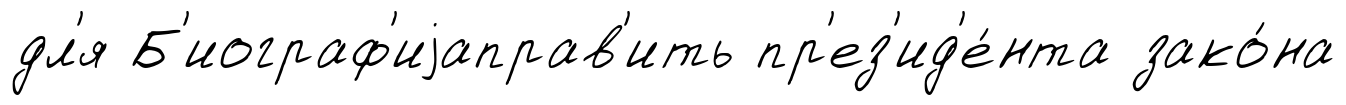
дл'я Б'иограф'иjаправ'ить пр'ез'ид'е́нта зако́на